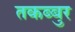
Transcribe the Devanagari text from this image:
तकब्बुर